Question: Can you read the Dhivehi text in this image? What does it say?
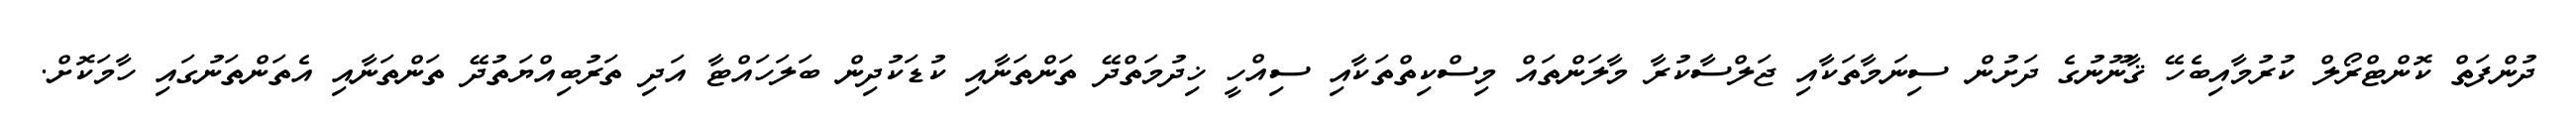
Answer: ދުންފަތް ކޮންޓްރޯލް ކުރުމާއިބެހޭ ޤާނޫނުގެ ދަށުން ސިނަމާތަކާއި ޖަލްސާކުރާ މާލަންތައް މިސްކިތްތަކާއި ސިއްހީ ޚިދުމަތްދޭ ތަންތަނާއި ކުޑަކުދިން ބަލަހައްޓާ އަދި ތަރުބިއްޔަތުދޭ ތަންތަނާއި އެތަންތަނުގައި ހާމަކޮށް.